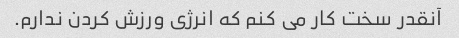
آنقدر سخت کار می کنم که انرژی ورزش کردن ندارم.